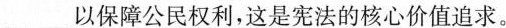
___以保障公民权利，这是宪法的核心价值追求。